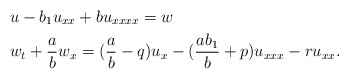
\begin{align*} &u-b_1u_{xx}+bu_{xxxx}=w \\ &w_t+\frac{a}{b}w_x=(\frac{a}{b}-q)u_x-(\frac{ab_1}{b}+p)u_{xxx}-ru_{xx}.\end{align*}